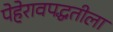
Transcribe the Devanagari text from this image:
पेहेरावपद्धतीला